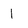
Character: 1